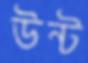
উন্ট